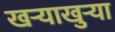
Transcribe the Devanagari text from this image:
खर्‍याखुर्‍या